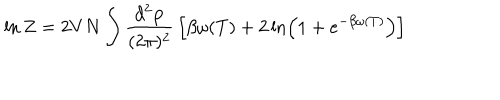
LaTeX: \ln Z = 2 V N \int { \frac { d ^ { 2 } { \bf p } } { ( 2 \pi ) ^ { 2 } } } \left[ \beta \omega ( T ) + 2 \ln \left( 1 + e ^ { - \beta \omega ( T ) } \right) \right]